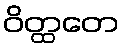
ဝိတ္ထတေ